Leaving Certificate Examination (including Day School Certificate (Higher) General paper), 1926
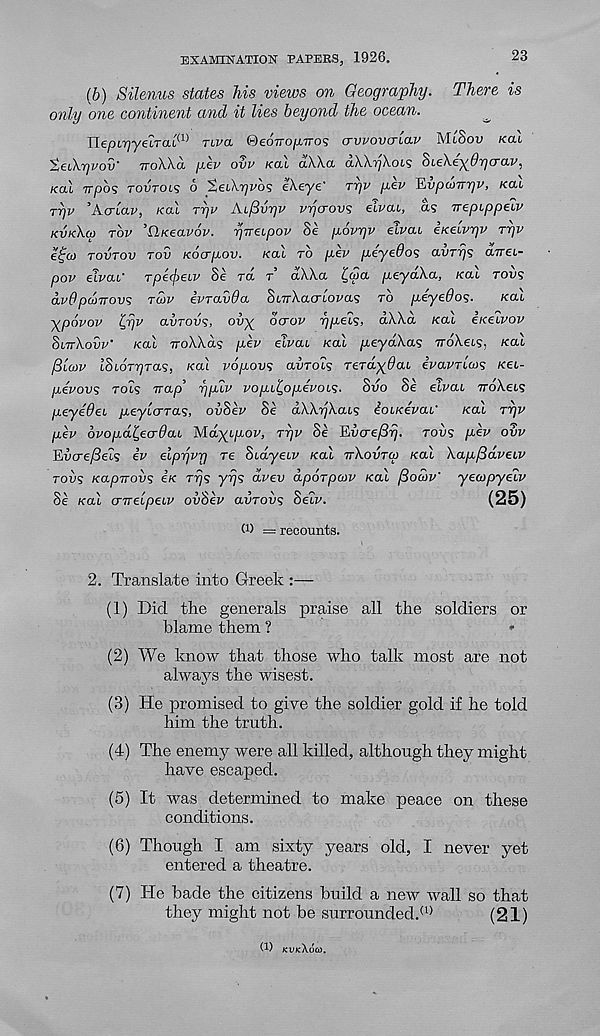
EXAMINATION PAPERS, 1926.
23
(b) Silenus states Ms views on Geography. There is
only one continent and it lies beyond the ocean.
^
nep(,77yetTcu (1) nva ©eoTTOjiiTros crvvovcr'iav MiSou /cal
’teiK.rjvov' TTOXXCC pev ovv KOI dXka aXXijXots 8ie\e^0r]crav,
/cal Trpb? TOVTOL? 6 XetX'/jz'o? eXeye' Tyv yev T^vpanryv, /cat
rpv ’Acrlav, /cal ryv Aifivyv vycrovs elvai, as nepippeiv
KVK\CO TOP ’flKeavov. yvecpov Se povyv eivai eKeivyv TY]V
e^co TOVTOV TOV Kocrpov. /cat TO p.ev /icye^os CLUTY]? cnrei-
pov etpat' Tp€(j>eLV Se Tct T aXXa ^wa /xeyaXa, /cat TOPS
<xv6 pcoirovs TU>V ivTavda. StTrXacrtopas TO peycdos.
/cat
ypovov Ipv apTOos, opy^ ocrov Tj/c-ets, aXXa /cat e/cetpop
StTrXopp" /cal TroXXds /IEP etpat /cal /leyctXas irdXets, /cat
/3tajp tStoV^Tas, /cal PO/IOPS aPTOts TerdydaL epaPTtcos /cet-
/xepops Tots trap’ ypliv po/xt^o/xepots- SPO Se etpat TrdXets
peyeOec jtteyto'Tas, opSep 8e dXXTjXats ioiKevai'
/cat ryv
pev dvopd^ecrOcu Mcty^t^op, ryv Se Hvcre/Brj. TOPS /iep OPP
Epcre/3eis ep eiprjvr] re Stdyetp /cal TTXOPTW /cal Xapfidveuv
TOVS Kapnovs e’/c rrjs yrjs ctpep dporpaiv /cal fBodv' yeaipyetp
Se /cal iTTretpetp ovSev apTOPS Setp.
(25)
(i) = recounts.
2. Translate into Greek :—
(1) Did the generals praise all the soldiers or
blame them ?
*
(2) We know that those who talk most are not
always the wisest.
(3) He promised to give the soldier gold if he told
him the truth.
(4) The enemy were all killed, although they might
have escaped.
(5) It was determined to make peace on these
conditions.
(6) Though I am sixty years old, I never yet
entered a theatre.
(7) He bade the citizens build a new wall so that
they might not be surrounded/ 0
(21)
(i) KVKXOCO.